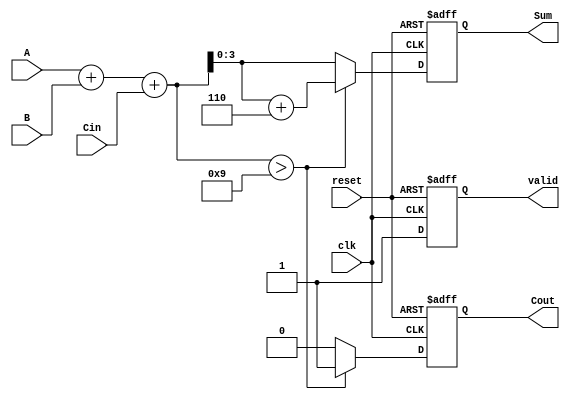
module BCD_Sequential_Adder (
    input wire [3:0] A,        // BCD digit A
    input wire [3:0] B,        // BCD digit B
    input wire Cin,            // Carry-in
    input wire clk,            // Clock signal
    input wire reset,          // Reset signal
    output reg [3:0] Sum,      // BCD result
    output reg Cout,           // Carry-out
    output reg valid           // Valid output signal
);

    // Internal signals
    reg [4:0] temp_sum;        // Temporary sum (5 bits to accommodate carry)
    
    // Sequential logic
    always @(posedge clk or posedge reset) begin
        if (reset) begin
            Sum <= 4'b0000;     // Initialize Sum to 0
            Cout <= 1'b0;      // Initialize Cout to 0
            valid <= 1'b0;     // Initialize valid to 0
        end else begin
            // Addition logic
            temp_sum = A + B + Cin; // Compute sum of A, B, and Cin
            
            // BCD correction logic
            if (temp_sum > 9) begin
                temp_sum = temp_sum + 5'b00110; // Add 6 to correct BCD
                Cout <= 1'b1;                  // Set carry-out
            end else begin
                Cout <= 1'b0;                  // No carry-out
            end
            
            // Update Sum and valid signal
            Sum <= temp_sum[3:0];             // Assign lower 4 bits to Sum
            valid <= 1'b1;                     // Indicate that result is valid
        end
    end

endmodule